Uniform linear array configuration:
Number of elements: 24
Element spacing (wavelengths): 1
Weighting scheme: cosine
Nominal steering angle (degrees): -45
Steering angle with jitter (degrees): -45.313
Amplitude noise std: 0.05
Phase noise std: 0.05

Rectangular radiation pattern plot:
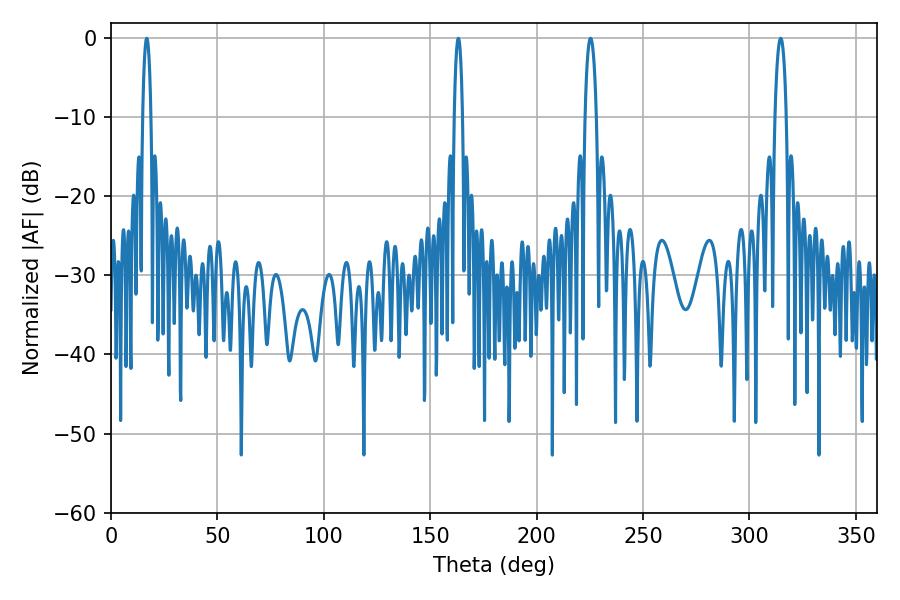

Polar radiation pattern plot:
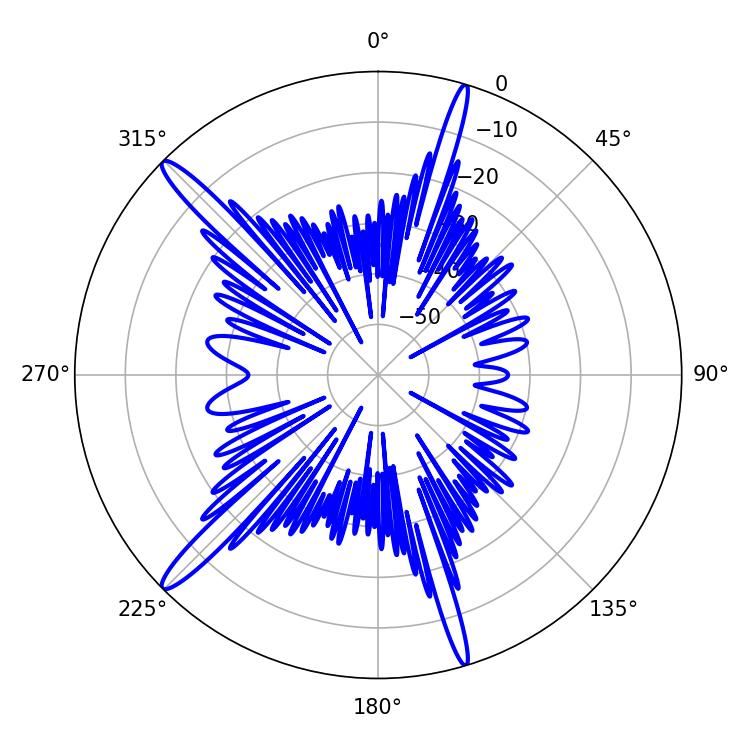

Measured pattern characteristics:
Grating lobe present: TRUE
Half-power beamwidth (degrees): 2.88
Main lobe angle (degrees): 225.36